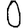
Digit: 0